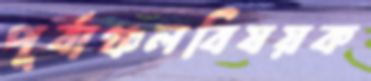
পূর্বাঞ্চলবিষয়ক